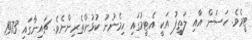
ޓީމެވެ. ހަސަން އާއި ލަތީފު އަކީ އެޓީމުގައި ހިމެނުނު ކުޅުންތެރިންނެވެ. ޗައިނާގައި 1973